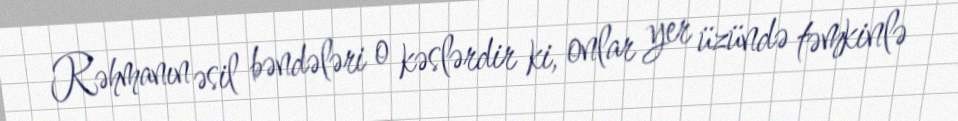
Rəhmanın əsil bəndələri o kəslərdir ki, onlar yer üzündə təmkinlə